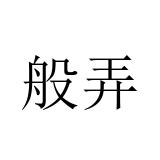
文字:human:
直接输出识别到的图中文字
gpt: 般弄